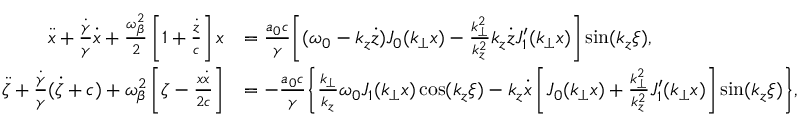
\begin{array} { r l } { \ddot { x } + \frac { \dot { \gamma } } { \gamma } \dot { x } + \frac { \omega _ { \beta } ^ { 2 } } { 2 } \left[ 1 + \frac { \dot { z } } { c } \right] x } & { = \frac { a _ { 0 } c } { \gamma } \Bigg [ ( \omega _ { 0 } - k _ { z } \dot { z } ) J _ { 0 } ( k _ { \perp } x ) - \frac { k _ { \perp } ^ { 2 } } { k _ { z } ^ { 2 } } k _ { z } \dot { z } J _ { 1 } ^ { \prime } ( k _ { \perp } x ) \Bigg ] \sin ( k _ { z } \xi ) , } \\ { \ddot { \zeta } + \frac { \dot { \gamma } } { \gamma } ( \dot { \zeta } + c ) + \omega _ { \beta } ^ { 2 } \left[ \zeta - \frac { x \dot { x } } { 2 c } \right] } & { = - \frac { a _ { 0 } c } { \gamma } \Bigg \{ \frac { k _ { \perp } } { k _ { z } } \omega _ { 0 } J _ { 1 } ( k _ { \perp } x ) \cos ( k _ { z } \xi ) - k _ { z } \dot { x } \left[ J _ { 0 } ( k _ { \perp } x ) + \frac { k _ { \perp } ^ { 2 } } { k _ { z } ^ { 2 } } J _ { 1 } ^ { \prime } ( k _ { \perp } x ) \right] \sin ( k _ { z } \xi ) \Bigg \} , } \end{array}